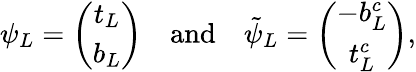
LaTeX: \psi_{L}=\left(\begin{array}{c}{{t_{L}}}\\ {{b_{L}}}\end{array}\right)\quad\mathrm{and}\quad\tilde{\psi}_{L}=\left(\begin{array}{c}{{-b_{L}^{c}}}\\ {{t_{L}^{c}}}\end{array}\right),